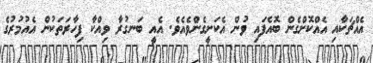
އެއްޗަކާއި އެއްކޮށްގެން ބޮއެފައި ވުން އެކަށީގެންވެއެވެ. އެއީ ބަނގުރާ ވިއްކާ ފިހާރަތަކުން އެއުމުރުގެ